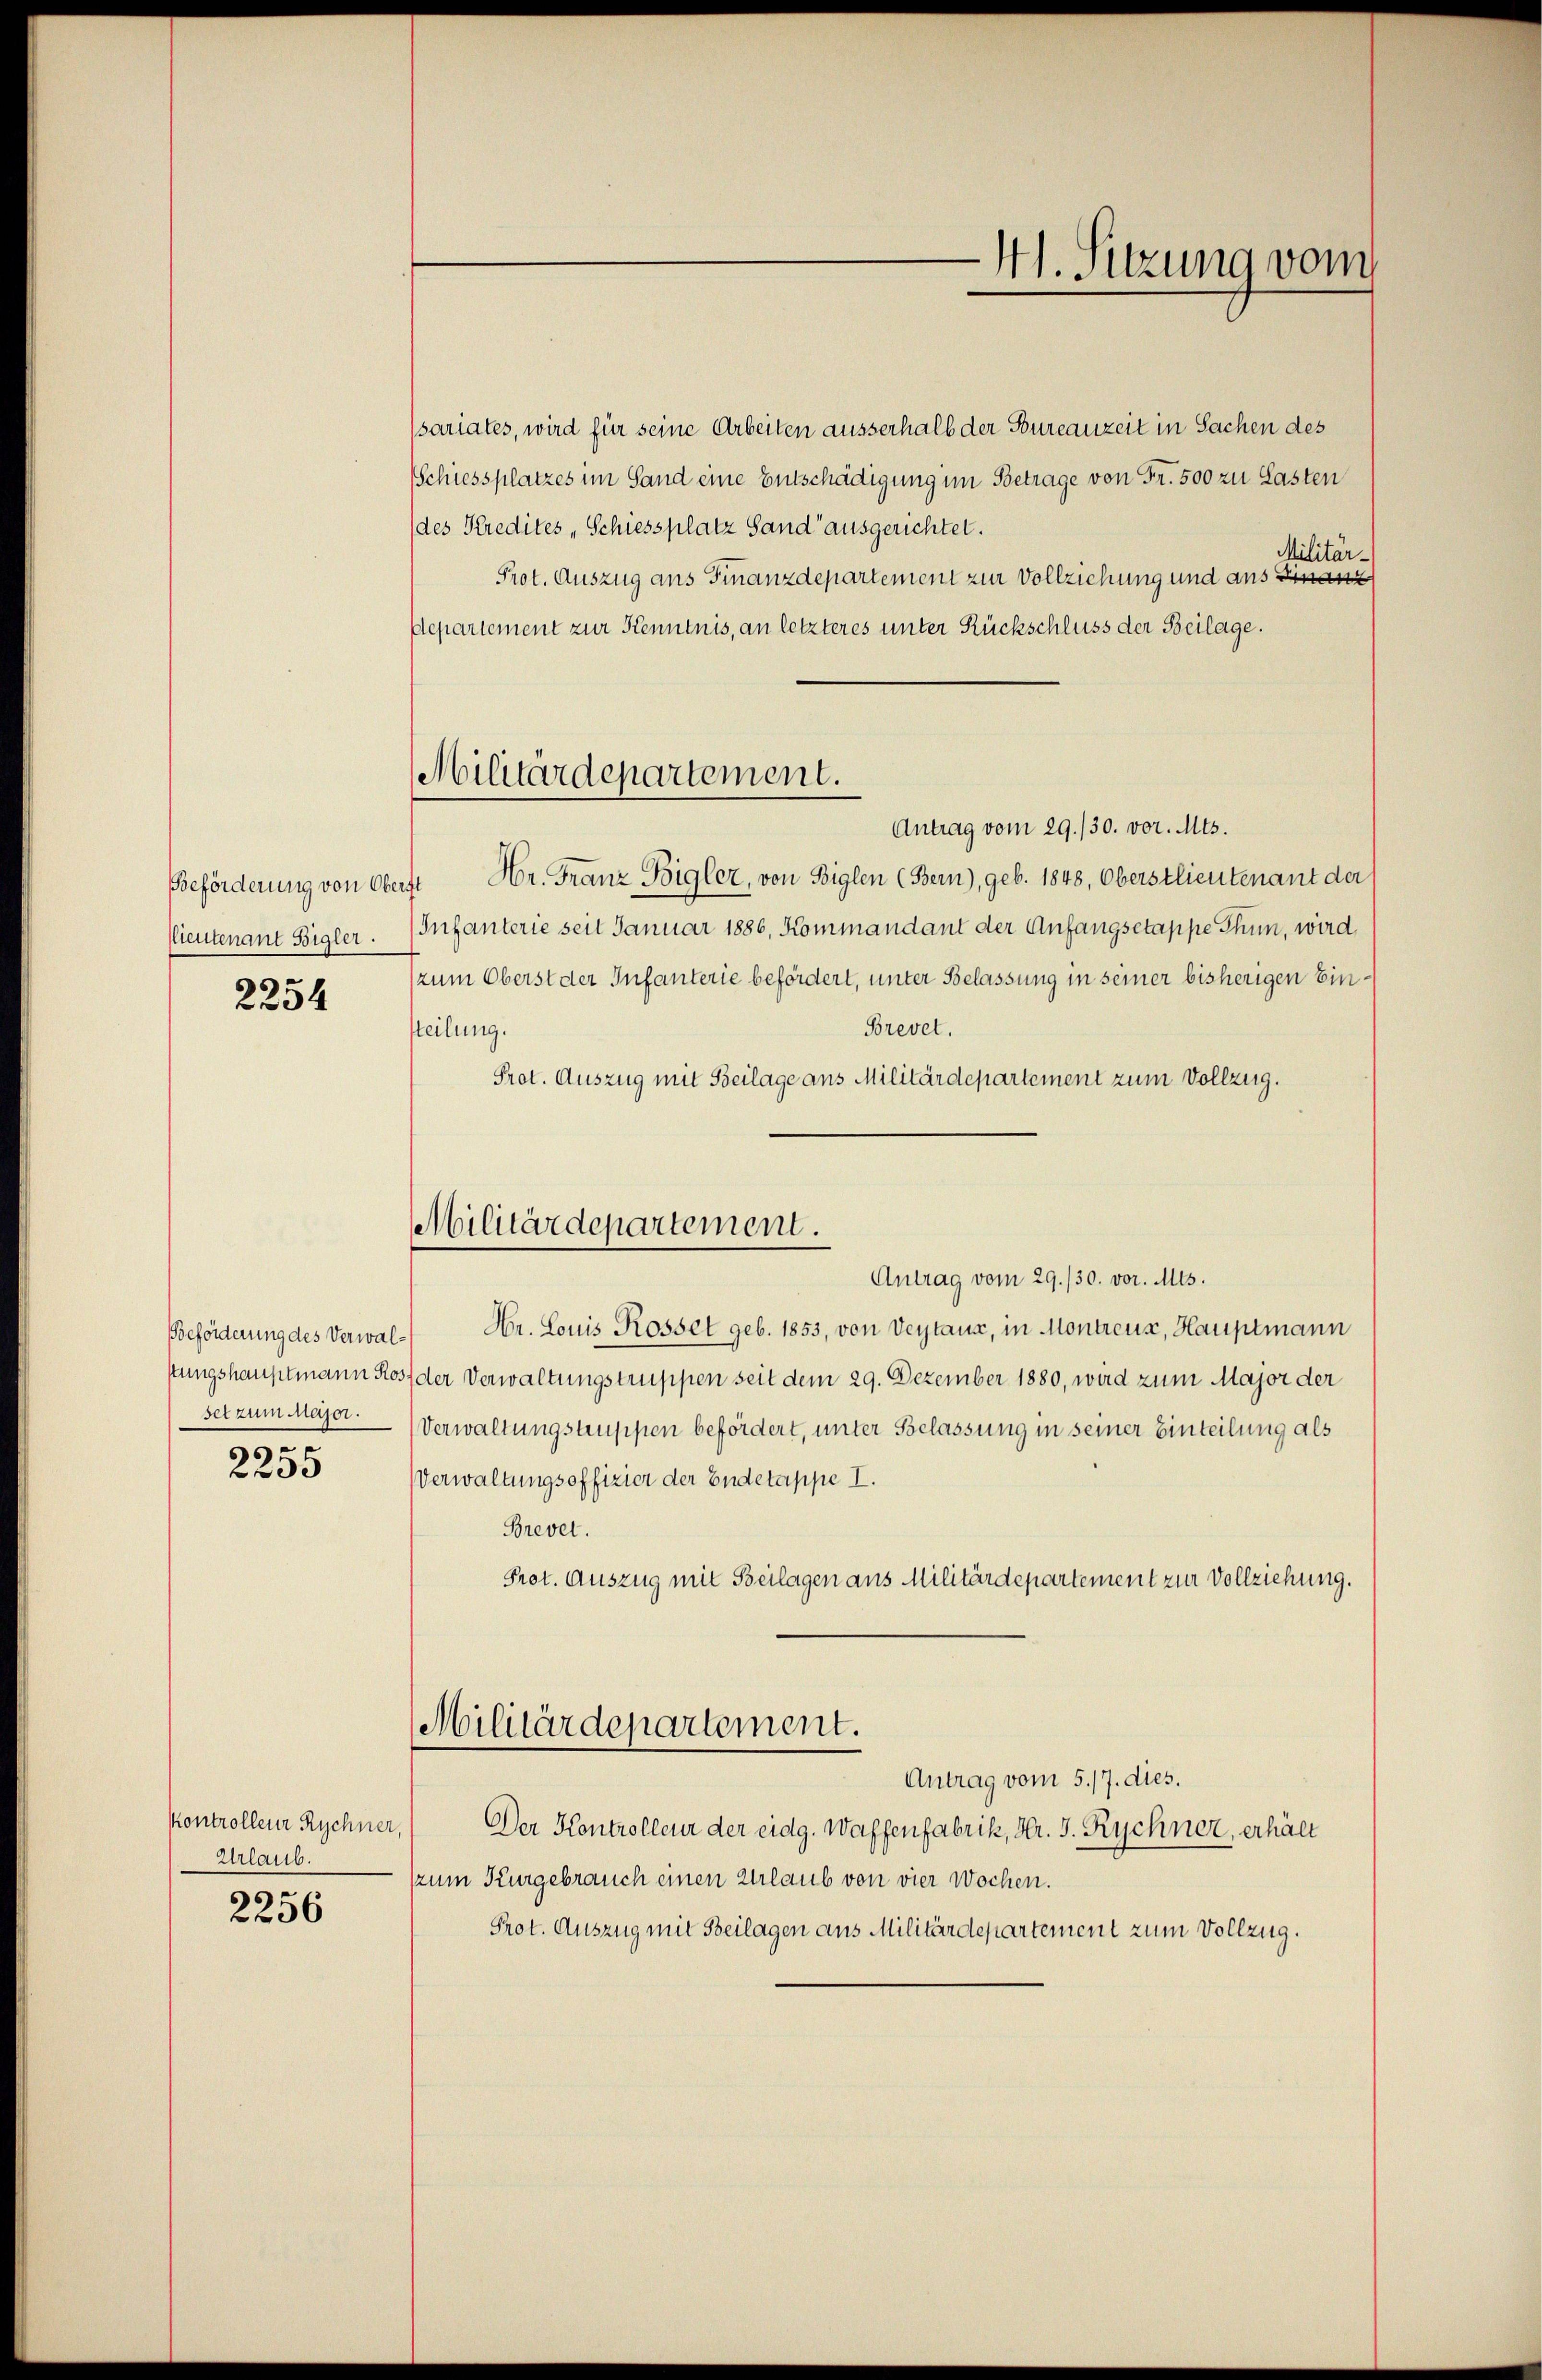
llieutenant Bigler.

2254

serzum major.
30

2235

kontrolleur Rychner,
Urlaub.

2256

Militärdepartement.

(sariates, wird für seine Arbeiten ausserhalb der Bureauzeit in Sachen des
Schiessplatzes im Sand eine Entschädigung im Betrage von Fr. 500 zu Lasten
(des Kredites, Schiessplatz Sand ausgerichtet.
Militär-
Prot. Auszug ans Finanzdepartement zur Vollziehung und aus Finanz
Departement zur Kenntnis, an letzteres unter Rückschluss der Beilage.
Antrag vom 29./30. vor. Mts.
Beförderung von Oberst Hr. Franz Bigler, von Biglen (Bern), geb. 1848, Oberstlieutenant der
(Infanterie seit Januar 1886, Kommandant der Anfangsetappe Thun, wird,
zum Oberst der Infanterie befördert, unter Belassung in seiner bisherigen Ein¬
Brevet.
steilung.
Prot. Auszug mit Beilage aus Militärdepartement zum Vollzug.
Antrag vom 29./30. vor. Mts.
Beförderung des Verwal- Hr. Louis Rosset geb. 1853, von Verstanz, in Montreux, Hauptmann
stungshauptmann Ros der Verwaltungstruppen seit dem 29. Dezember 1880, wird zum Major der
Verwaltungstruppen befördert, unter Belassung in seiner Einteilung als
Verwaltungsoffizier der Endetappe I.
Brevel.
Prot. Auszug mit Beilagen aus Militärdepartement zur Vollziehung.
Militärdepartement.
Antrag vom 5./7. dies.
Der Kontrolleur der eidg. Waffenfabrik, Hr. J. Rychner, erhält
zum Kurgebrauch einen Urlaub von vier Wochen.
Prot. Auszug mit Beilagen aus Militärdepartement zum Vollzug.

Militärdepartement.

Hl. Sitzung vom